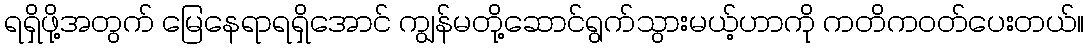
ရရှိဖို့အတွက် မြေနေရာရရှိအောင် ကျွန်မတို့ဆောင်ရွက်သွားမယ့်ဟာကို ကတိကဝတ်ပေးတယ်။